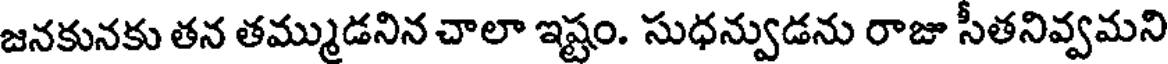
జనకునకు తన తమ్ముడనిన చాలా ఇష్టం. సుధన్వుడను రాజు సీతనివ్వమని